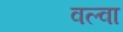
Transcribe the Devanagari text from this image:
वल्वा